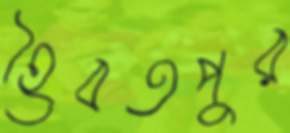
হৈবতপুর